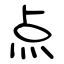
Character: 点